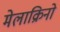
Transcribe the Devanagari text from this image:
मेलाक्रिनो